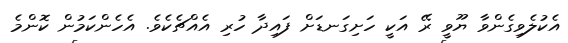
އެކުލެވިގެންވާ ޔޫވީ ރޭ އަކީ ހަށިގަނޑަށް ފައިދާ ހުރި އެއްޗެކެވެ. އެހެންކަމުން ކޮންމެ